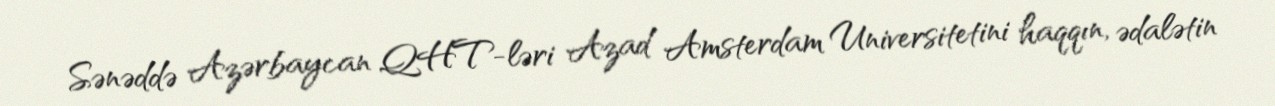
Sənəddə Azərbaycan QHT-ləri Azad Amsterdam Universitetini haqqın, ədalətin